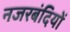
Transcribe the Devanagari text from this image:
नजरबंदियों